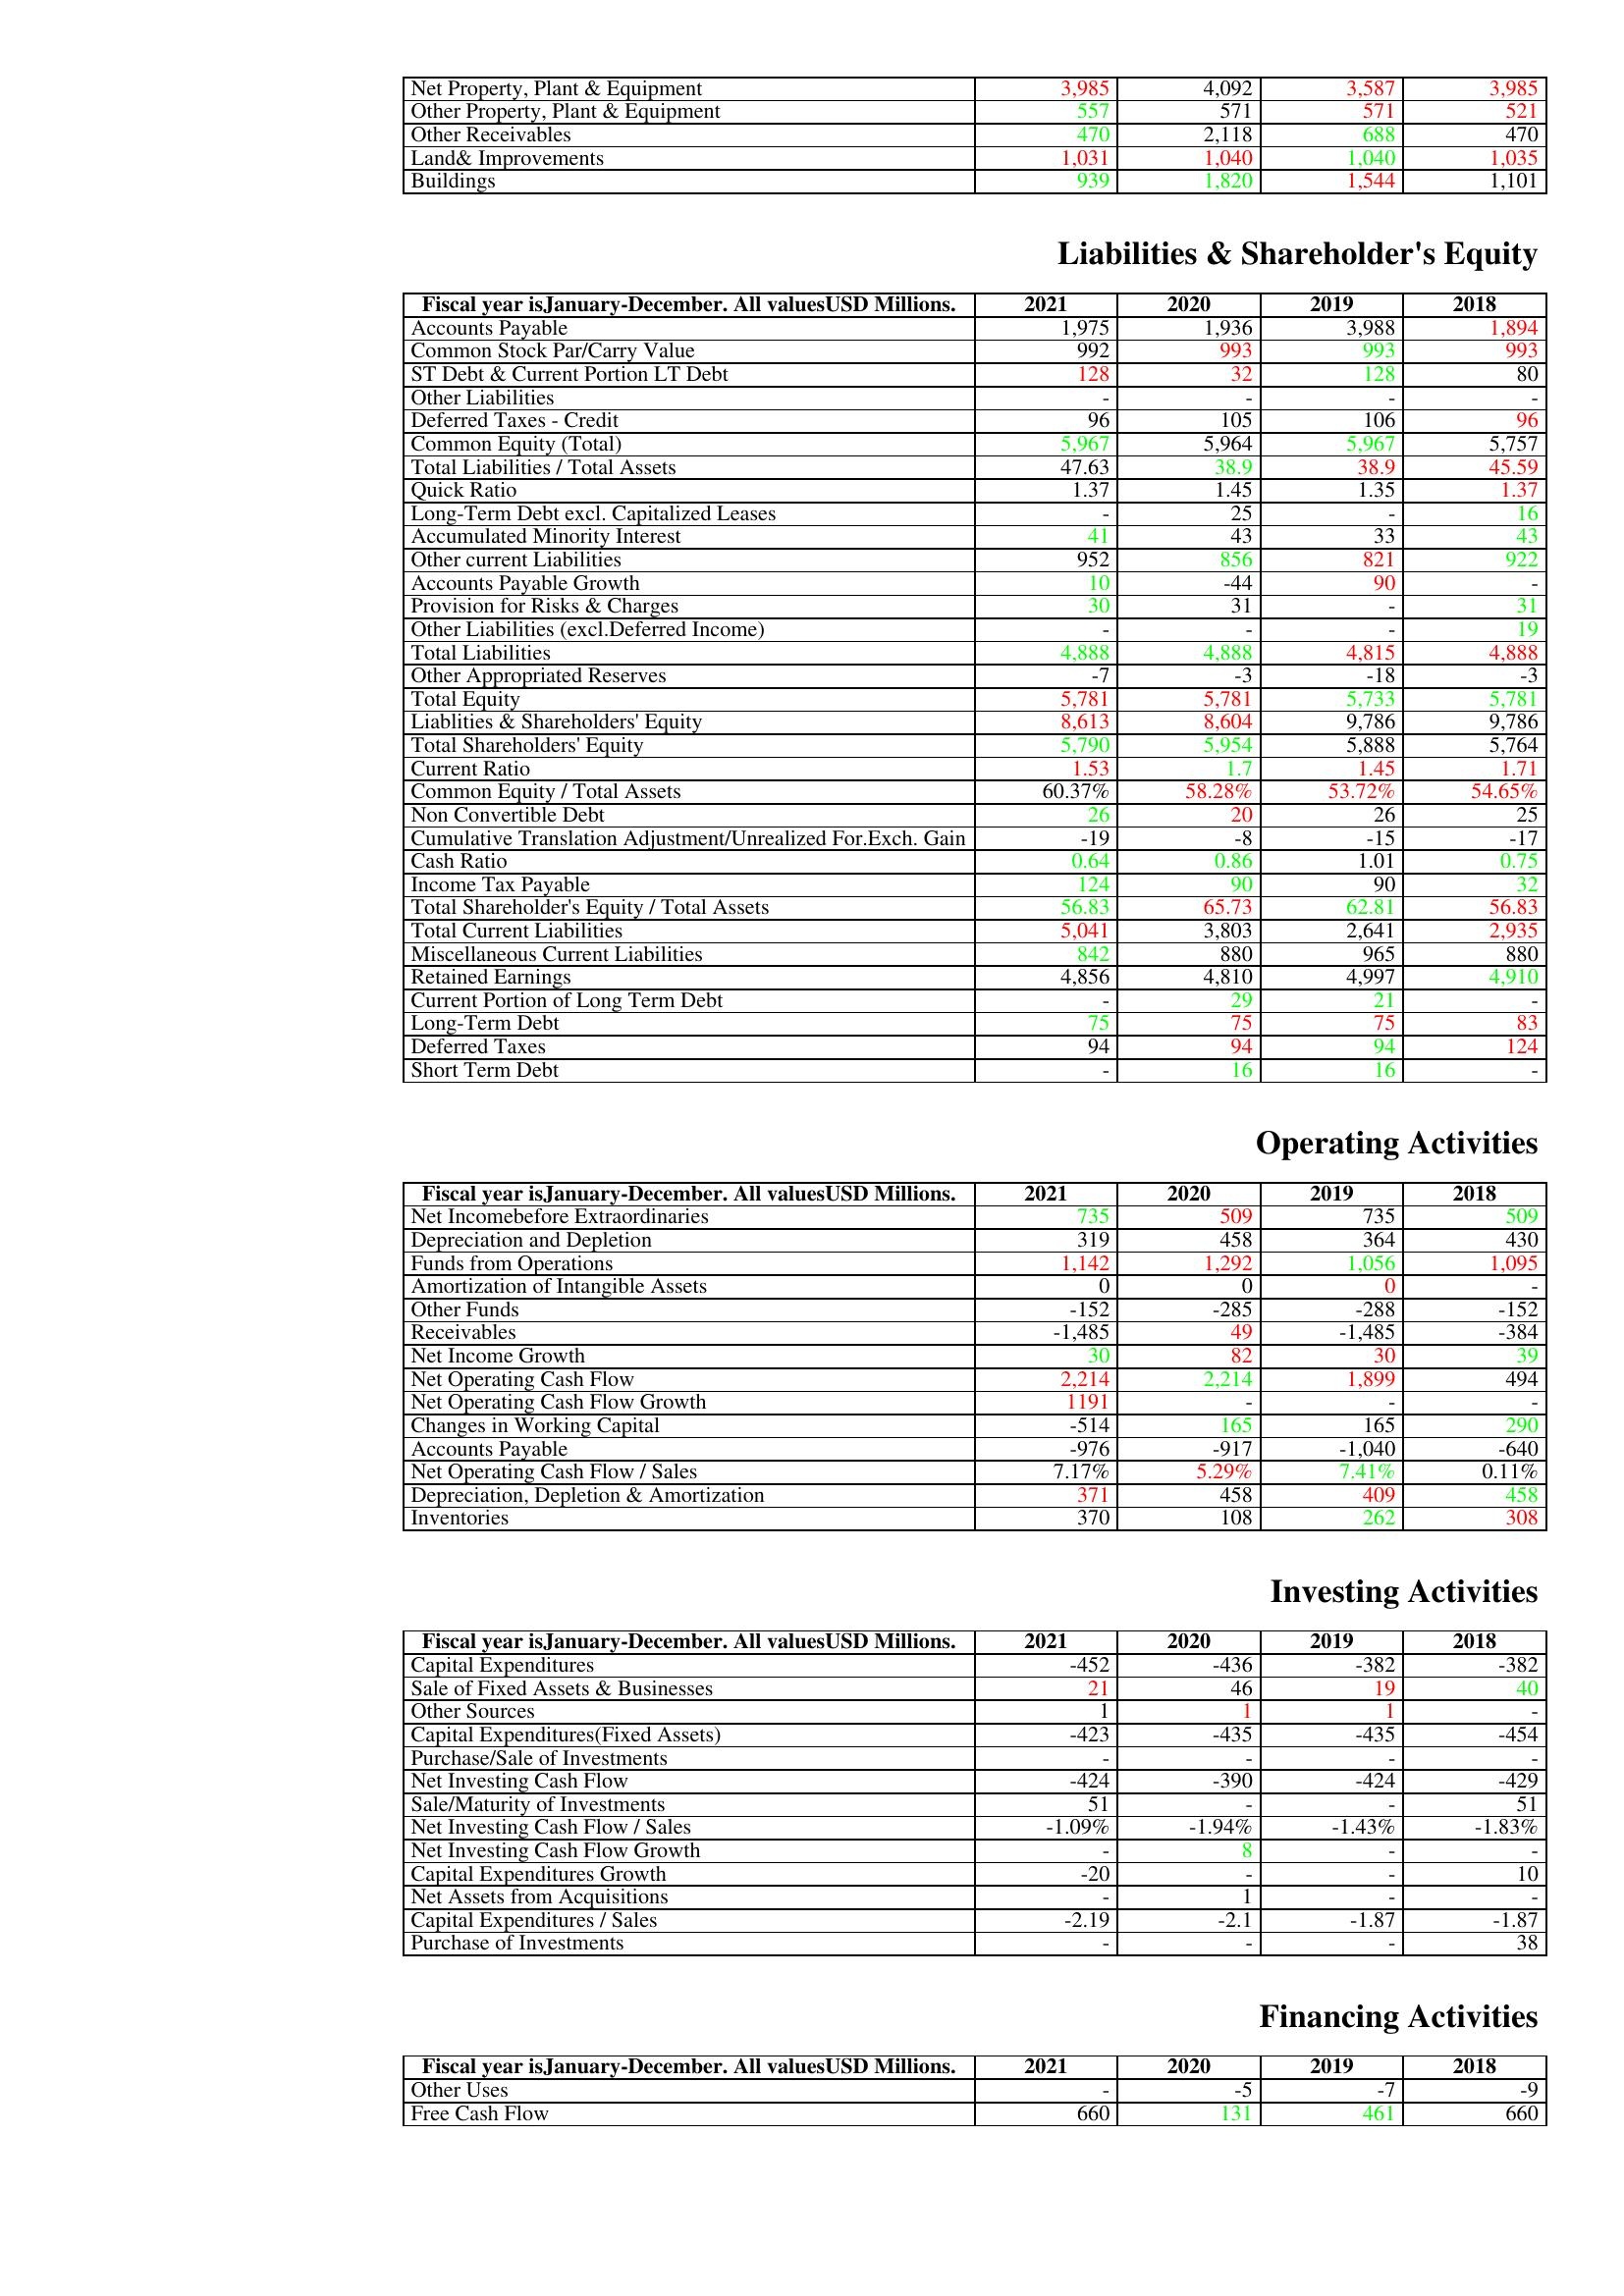
gt_parse: 2021: Assets: Net Property, Plant & Equipment: 3,985
Other Property, Plant & Equipment: 557
Other Receivables: 470
Land& Improvements: 1,031
Buildings: 939
Liabilities & Shareholder's Equity: Accounts Payable: 1,975
Common Stock Par/Carry Value: 992
ST Debt & Current Portion LT Debt: 128
Other Liabilities: -
Deferred Taxes - Credit: 96
Common Equity (Total): 5,967
Total Liabilities / Total Assets: 47.63
Quick Ratio: 1.37
Long-Term Debt excl. Capitalized Leases: -
Accumulated Minority Interest: 41
Other current Liabilities: 952
Accounts Payable Growth: 10
Provision for Risks & Charges: 30
Other Liabilities (excl.Deferred Income): -
Total Liabilities: 4,888
Other Appropriated Reserves: -7
Total Equity: 5,781
Liablities & Shareholders' Equity: 8,613
Total Shareholders' Equity: 5,790
Current Ratio: 1.53
Common Equity / Total Assets: 60.37%
Non Convertible Debt: 26
Cumulative Translation Adjustment/Unrealized For.Exch. Gain: -19
Cash Ratio: 0.64
Income Tax Payable: 124
Total Shareholder's Equity / Total Assets: 56.83
Total Current Liabilities: 5,041
Miscellaneous Current Liabilities: 842
Retained Earnings: 4,856
Current Portion of Long Term Debt: -
Long-Term Debt: 75
Deferred Taxes: 94
Short Term Debt: -
Operating Activities: Net Incomebefore Extraordinaries: 735
Depreciation and Depletion: 319
Funds from Operations: 1,142
Amortization of Intangible Assets: 0
Other Funds: -152
Receivables: -1,485
Net Income Growth: 30
Net Operating Cash Flow: 2,214
Net Operating Cash Flow Growth: 1191
Changes in Working Capital: -514
Accounts Payable: -976
Net Operating Cash Flow / Sales: 7.17%
Depreciation, Depletion & Amortization: 371
Inventories: 370
Investing Activities: Capital Expenditures: -452
Sale of Fixed Assets & Businesses: 21
Other Sources: 1
Capital Expenditures(Fixed Assets): -423
Purchase/Sale of Investments: -
Net Investing Cash Flow: -424
Sale/Maturity of Investments: 51
Net Investing Cash Flow / Sales: -1.09%
Net Investing Cash Flow Growth: -
Capital Expenditures Growth: -20
Net Assets from Acquisitions: -
Capital Expenditures / Sales: -2.19
Purchase of Investments: -
Financing Activities: Other Uses: -
Free Cash Flow: 660
2020: Assets: Net Property, Plant & Equipment: 4,092
Other Property, Plant & Equipment: 571
Other Receivables: 2,118
Land& Improvements: 1,040
Buildings: 1,820
Liabilities & Shareholder's Equity: Accounts Payable: 1,936
Common Stock Par/Carry Value: 993
ST Debt & Current Portion LT Debt: 32
Other Liabilities: -
Deferred Taxes - Credit: 105
Common Equity (Total): 5,964
Total Liabilities / Total Assets: 38.9
Quick Ratio: 1.45
Long-Term Debt excl. Capitalized Leases: 25
Accumulated Minority Interest: 43
Other current Liabilities: 856
Accounts Payable Growth: -44
Provision for Risks & Charges: 31
Other Liabilities (excl.Deferred Income): -
Total Liabilities: 4,888
Other Appropriated Reserves: -3
Total Equity: 5,781
Liablities & Shareholders' Equity: 8,604
Total Shareholders' Equity: 5,954
Current Ratio: 1.7
Common Equity / Total Assets: 58.28%
Non Convertible Debt: 20
Cumulative Translation Adjustment/Unrealized For.Exch. Gain: -8
Cash Ratio: 0.86
Income Tax Payable: 90
Total Shareholder's Equity / Total Assets: 65.73
Total Current Liabilities: 3,803
Miscellaneous Current Liabilities: 880
Retained Earnings: 4,810
Current Portion of Long Term Debt: 29
Long-Term Debt: 75
Deferred Taxes: 94
Short Term Debt: 16
Operating Activities: Net Incomebefore Extraordinaries: 509
Depreciation and Depletion: 458
Funds from Operations: 1,292
Amortization of Intangible Assets: 0
Other Funds: -285
Receivables: 49
Net Income Growth: 82
Net Operating Cash Flow: 2,214
Net Operating Cash Flow Growth: -
Changes in Working Capital: 165
Accounts Payable: -917
Net Operating Cash Flow / Sales: 5.29%
Depreciation, Depletion & Amortization: 458
Inventories: 108
Investing Activities: Capital Expenditures: -436
Sale of Fixed Assets & Businesses: 46
Other Sources: 1
Capital Expenditures(Fixed Assets): -435
Purchase/Sale of Investments: -
Net Investing Cash Flow: -390
Sale/Maturity of Investments: -
Net Investing Cash Flow / Sales: -1.94%
Net Investing Cash Flow Growth: 8
Capital Expenditures Growth: -
Net Assets from Acquisitions: 1
Capital Expenditures / Sales: -2.1
Purchase of Investments: -
Financing Activities: Other Uses: -5
Free Cash Flow: 131
2019: Assets: Net Property, Plant & Equipment: 3,587
Other Property, Plant & Equipment: 571
Other Receivables: 688
Land& Improvements: 1,040
Buildings: 1,544
Liabilities & Shareholder's Equity: Accounts Payable: 3,988
Common Stock Par/Carry Value: 993
ST Debt & Current Portion LT Debt: 128
Other Liabilities: -
Deferred Taxes - Credit: 106
Common Equity (Total): 5,967
Total Liabilities / Total Assets: 38.9
Quick Ratio: 1.35
Long-Term Debt excl. Capitalized Leases: -
Accumulated Minority Interest: 33
Other current Liabilities: 821
Accounts Payable Growth: 90
Provision for Risks & Charges: -
Other Liabilities (excl.Deferred Income): -
Total Liabilities: 4,815
Other Appropriated Reserves: -18
Total Equity: 5,733
Liablities & Shareholders' Equity: 9,786
Total Shareholders' Equity: 5,888
Current Ratio: 1.45
Common Equity / Total Assets: 53.72%
Non Convertible Debt: 26
Cumulative Translation Adjustment/Unrealized For.Exch. Gain: -15
Cash Ratio: 1.01
Income Tax Payable: 90
Total Shareholder's Equity / Total Assets: 62.81
Total Current Liabilities: 2,641
Miscellaneous Current Liabilities: 965
Retained Earnings: 4,997
Current Portion of Long Term Debt: 21
Long-Term Debt: 75
Deferred Taxes: 94
Short Term Debt: 16
Operating Activities: Net Incomebefore Extraordinaries: 735
Depreciation and Depletion: 364
Funds from Operations: 1,056
Amortization of Intangible Assets: 0
Other Funds: -288
Receivables: -1,485
Net Income Growth: 30
Net Operating Cash Flow: 1,899
Net Operating Cash Flow Growth: -
Changes in Working Capital: 165
Accounts Payable: -1,040
Net Operating Cash Flow / Sales: 7.41%
Depreciation, Depletion & Amortization: 409
Inventories: 262
Investing Activities: Capital Expenditures: -382
Sale of Fixed Assets & Businesses: 19
Other Sources: 1
Capital Expenditures(Fixed Assets): -435
Purchase/Sale of Investments: -
Net Investing Cash Flow: -424
Sale/Maturity of Investments: -
Net Investing Cash Flow / Sales: -1.43%
Net Investing Cash Flow Growth: -
Capital Expenditures Growth: -
Net Assets from Acquisitions: -
Capital Expenditures / Sales: -1.87
Purchase of Investments: -
Financing Activities: Other Uses: -7
Free Cash Flow: 461
2018: Assets: Net Property, Plant & Equipment: 3,985
Other Property, Plant & Equipment: 521
Other Receivables: 470
Land& Improvements: 1,035
Buildings: 1,101
Liabilities & Shareholder's Equity: Accounts Payable: 1,894
Common Stock Par/Carry Value: 993
ST Debt & Current Portion LT Debt: 80
Other Liabilities: -
Deferred Taxes - Credit: 96
Common Equity (Total): 5,757
Total Liabilities / Total Assets: 45.59
Quick Ratio: 1.37
Long-Term Debt excl. Capitalized Leases: 16
Accumulated Minority Interest: 43
Other current Liabilities: 922
Accounts Payable Growth: -
Provision for Risks & Charges: 31
Other Liabilities (excl.Deferred Income): 19
Total Liabilities: 4,888
Other Appropriated Reserves: -3
Total Equity: 5,781
Liablities & Shareholders' Equity: 9,786
Total Shareholders' Equity: 5,764
Current Ratio: 1.71
Common Equity / Total Assets: 54.65%
Non Convertible Debt: 25
Cumulative Translation Adjustment/Unrealized For.Exch. Gain: -17
Cash Ratio: 0.75
Income Tax Payable: 32
Total Shareholder's Equity / Total Assets: 56.83
Total Current Liabilities: 2,935
Miscellaneous Current Liabilities: 880
Retained Earnings: 4,910
Current Portion of Long Term Debt: -
Long-Term Debt: 83
Deferred Taxes: 124
Short Term Debt: -
Operating Activities: Net Incomebefore Extraordinaries: 509
Depreciation and Depletion: 430
Funds from Operations: 1,095
Amortization of Intangible Assets: -
Other Funds: -152
Receivables: -384
Net Income Growth: 39
Net Operating Cash Flow: 494
Net Operating Cash Flow Growth: -
Changes in Working Capital: 290
Accounts Payable: -640
Net Operating Cash Flow / Sales: 0.11%
Depreciation, Depletion & Amortization: 458
Inventories: 308
Investing Activities: Capital Expenditures: -382
Sale of Fixed Assets & Businesses: 40
Other Sources: -
Capital Expenditures(Fixed Assets): -454
Purchase/Sale of Investments: -
Net Investing Cash Flow: -429
Sale/Maturity of Investments: 51
Net Investing Cash Flow / Sales: -1.83%
Net Investing Cash Flow Growth: -
Capital Expenditures Growth: 10
Net Assets from Acquisitions: -
Capital Expenditures / Sales: -1.87
Purchase of Investments: 38
Financing Activities: Other Uses: -9
Free Cash Flow: 660